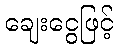
ချေးငွေဖြင့်